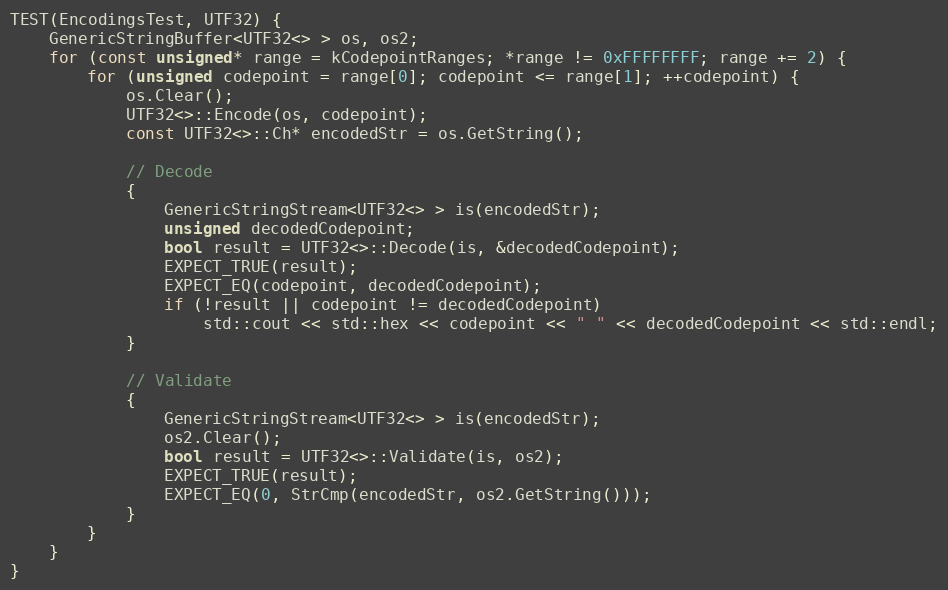
Language: C++
TEST(EncodingsTest, UTF32) {
    GenericStringBuffer<UTF32<> > os, os2;
    for (const unsigned* range = kCodepointRanges; *range != 0xFFFFFFFF; range += 2) {
        for (unsigned codepoint = range[0]; codepoint <= range[1]; ++codepoint) {
            os.Clear();
            UTF32<>::Encode(os, codepoint);
            const UTF32<>::Ch* encodedStr = os.GetString();

            // Decode
            {
                GenericStringStream<UTF32<> > is(encodedStr);
                unsigned decodedCodepoint;
                bool result = UTF32<>::Decode(is, &decodedCodepoint);
                EXPECT_TRUE(result);
                EXPECT_EQ(codepoint, decodedCodepoint);
                if (!result || codepoint != decodedCodepoint)
                    std::cout << std::hex << codepoint << " " << decodedCodepoint << std::endl;
            }

            // Validate
            {
                GenericStringStream<UTF32<> > is(encodedStr);
                os2.Clear();
                bool result = UTF32<>::Validate(is, os2);
                EXPECT_TRUE(result);
                EXPECT_EQ(0, StrCmp(encodedStr, os2.GetString()));
            }
        }
    }
}